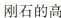
刚石的高